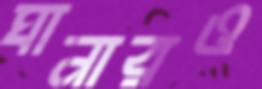
ঘানারও